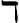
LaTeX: \daleth